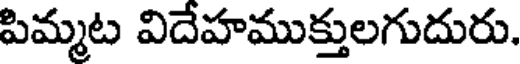
పిమ్మట విదేహముక్తులగుదురు.